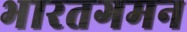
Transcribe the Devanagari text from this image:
भारतगमन